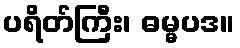
ပရိတ်ကြီး၊ ဓမ္မပဒ။